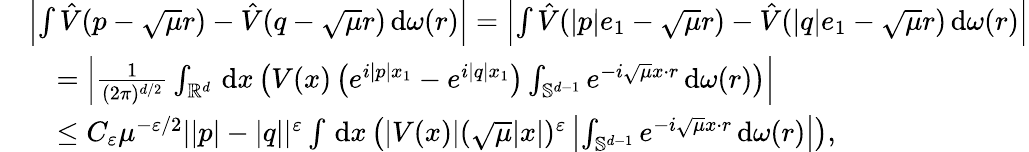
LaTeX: \begin{array}{rl}&{\left\vert\int\hat{V}(p-\sqrt{\mu}r)-\hat{V}(q-\sqrt{\mu}r)\, \textnormal{d}\omega(r)\right\vert=\left\vert\int\hat{V}(\vert p\vert e_{1}-\sqrt{\mu}r)-\hat{V}(\vert q\vert e_{1}-\sqrt{\mu}r)\, \textnormal{d}\omega(r)\right\vert}\\ &{\quad=\left\vert\frac{1}{(2\pi)^{d/2}}\int_{\mathbb{R}^{d}}\, \textnormal{d}x\left(V(x)\left(e^{i\vert p\vert x_{1}}-e^{i\vert q\vert x_{1}}\right)\int_{\mathbb{S}^{d-1}}e^{-i\sqrt{\mu}x\cdot r}\, \textnormal{d}\omega(r)\right)\right\vert}\\ &{\quad\leq C_{\varepsilon}\mu^{-\varepsilon/2}|\vert p\vert-\vert q\vert|^{\varepsilon}\int\, \textnormal{d}x\left(|V(x)|(\sqrt{\mu}|x|)^{\varepsilon}\left\vert\int_{\mathbb{S}^{d-1}}e^{-i\sqrt{\mu}x\cdot r}\, \textnormal{d}\omega(r)\right\vert\right),}\end{array}